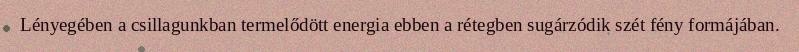
Lényegében a csillagunkban termelődött energia ebben a rétegben sugárzódik szét fény formájában.